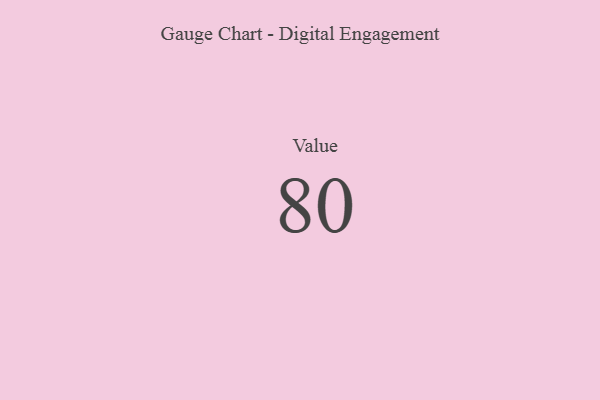
{"axis": {"x": "Metric", "y": "Value"}, "legend": [""], "data": [{"x": "Value", "y": 80, "type": ""}]}